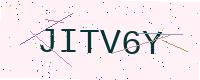
Text: JITV6Y